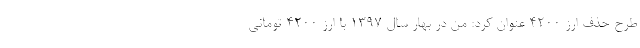
طرح حذف ارز ۴۲۰۰ عنوان کرد: من در بهار سال ۱۳۹۷ با ارز ۴۲۰۰ تومانی